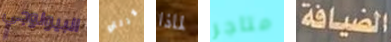
البيولوجي لازلتي لماذا متاجر الضيافة